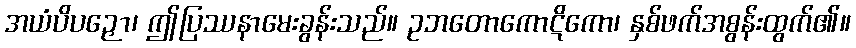
အယံပိပဉှော၊ ဤပြဿနာမေးခွန်းသည်။ ဥဘတောကောဋိကော၊ နှစ်ဖက်အစွန်းထွက်၏။